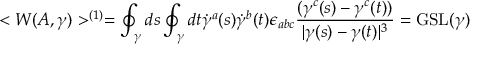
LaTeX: < W ( A , \gamma ) > ^ { ( 1 ) } = \oint _ { \gamma } d s \oint _ { \gamma } d t \dot { \gamma } ^ { a } ( s ) \dot { \gamma } ^ { b } ( t ) \epsilon _ { a b c } { \frac { ( \gamma ^ { c } ( s ) - \gamma ^ { c } ( t ) ) } { | \gamma ( s ) - \gamma ( t ) | ^ { 3 } } } = \mathrm { G S L } ( \gamma )